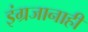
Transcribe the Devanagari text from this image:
इंग्रजानाही